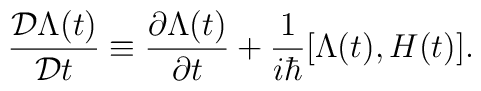
\frac{{\cal D}\Lambda(t)}{{\cal D} t}\equiv \frac{\partial \Lambda(t)}{\partial t}+\frac{1}{i \hbar}[\Lambda(t),H(t)].